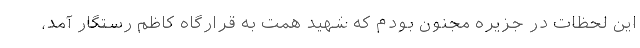
این لحظات در جزیره مجنون بودم که شهید همت به قرارگاه کاظم رستگار آمد،